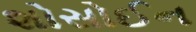
શોસોઈન